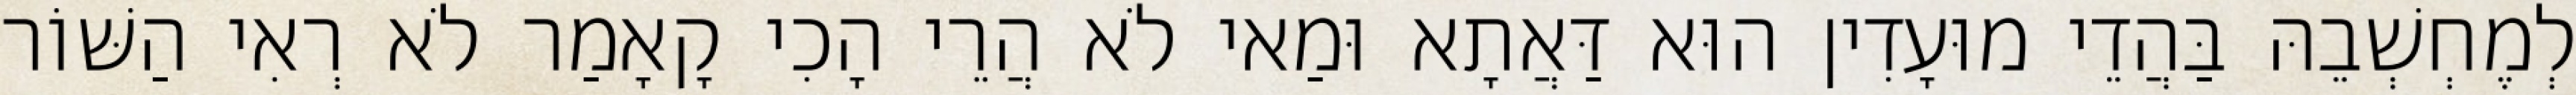
לְמֶחְשְׁבֵהּ בַּהֲדֵי מוּעָדִין הוּא דַּאֲתָא וּמַאי לֹא הֲרֵי הָכִי קָאָמַר לֹא רְאִי הַשּׁוֹר